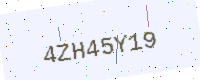
Text: 4ZH45Y19